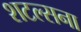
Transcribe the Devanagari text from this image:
शटल्सना